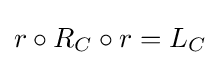
r\circ R_{C}\circ r=L_{C}